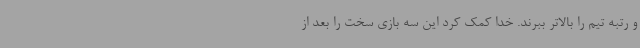
و رتبه تیم را بالاتر ببرند. خدا کمک کرد این سه بازی سخت را بعد از